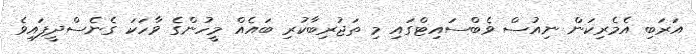
އަރަބި އެމެރިކަން ނިއުސް ވެބްސައިޓްގައި މި ތަޖުރިބާކުރި ބައެއް މީހުންގެ ވާހަކަ ގެނެސްދީފައިވެ